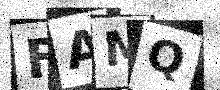
Text: FAMQ